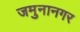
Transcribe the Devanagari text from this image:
जमुनानगर